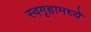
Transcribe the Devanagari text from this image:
स्वगृहामध्ये